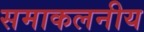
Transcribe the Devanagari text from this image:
समाकलनीय